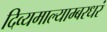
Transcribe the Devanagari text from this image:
दिव्यमाल्याम्बरधरं